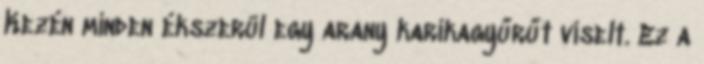
Kezén minden ékszerül egy arany karikagyűrűt viselt. Ez a